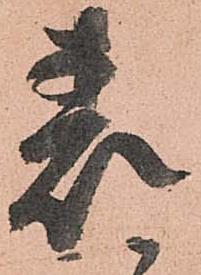
表